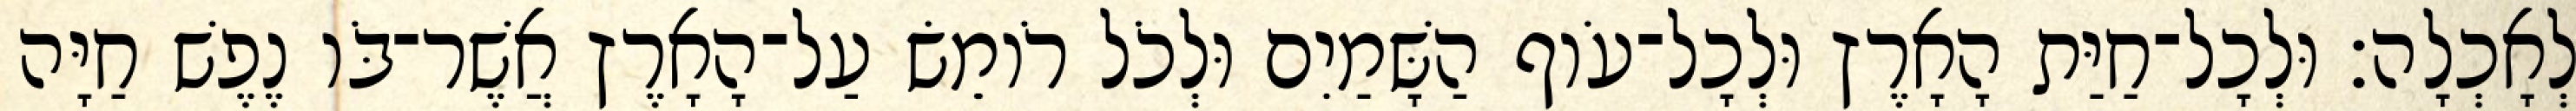
לְאָכְלָה׃ וּלְכָל־חַיַּת הָאָרֶץ וּלְכָל־עֹוף הַשָּׁמַיִם וּלְכֹל רֹומֵשׂ עַל־הָאָרֶץ אֲשֶׁר־בֹּו נֶפֶשׁ חַיָּה